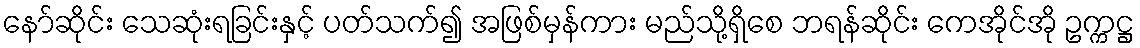
နော်ဆိုင်း သေဆုံးရခြင်းနှင့် ပတ်သက်၍ အဖြစ်မှန်ကား မည်သို့ရှိစေ ဘရန်ဆိုင်း ကေအိုင်အို ဥက္ကဋ္ဌ